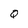
Character: Q